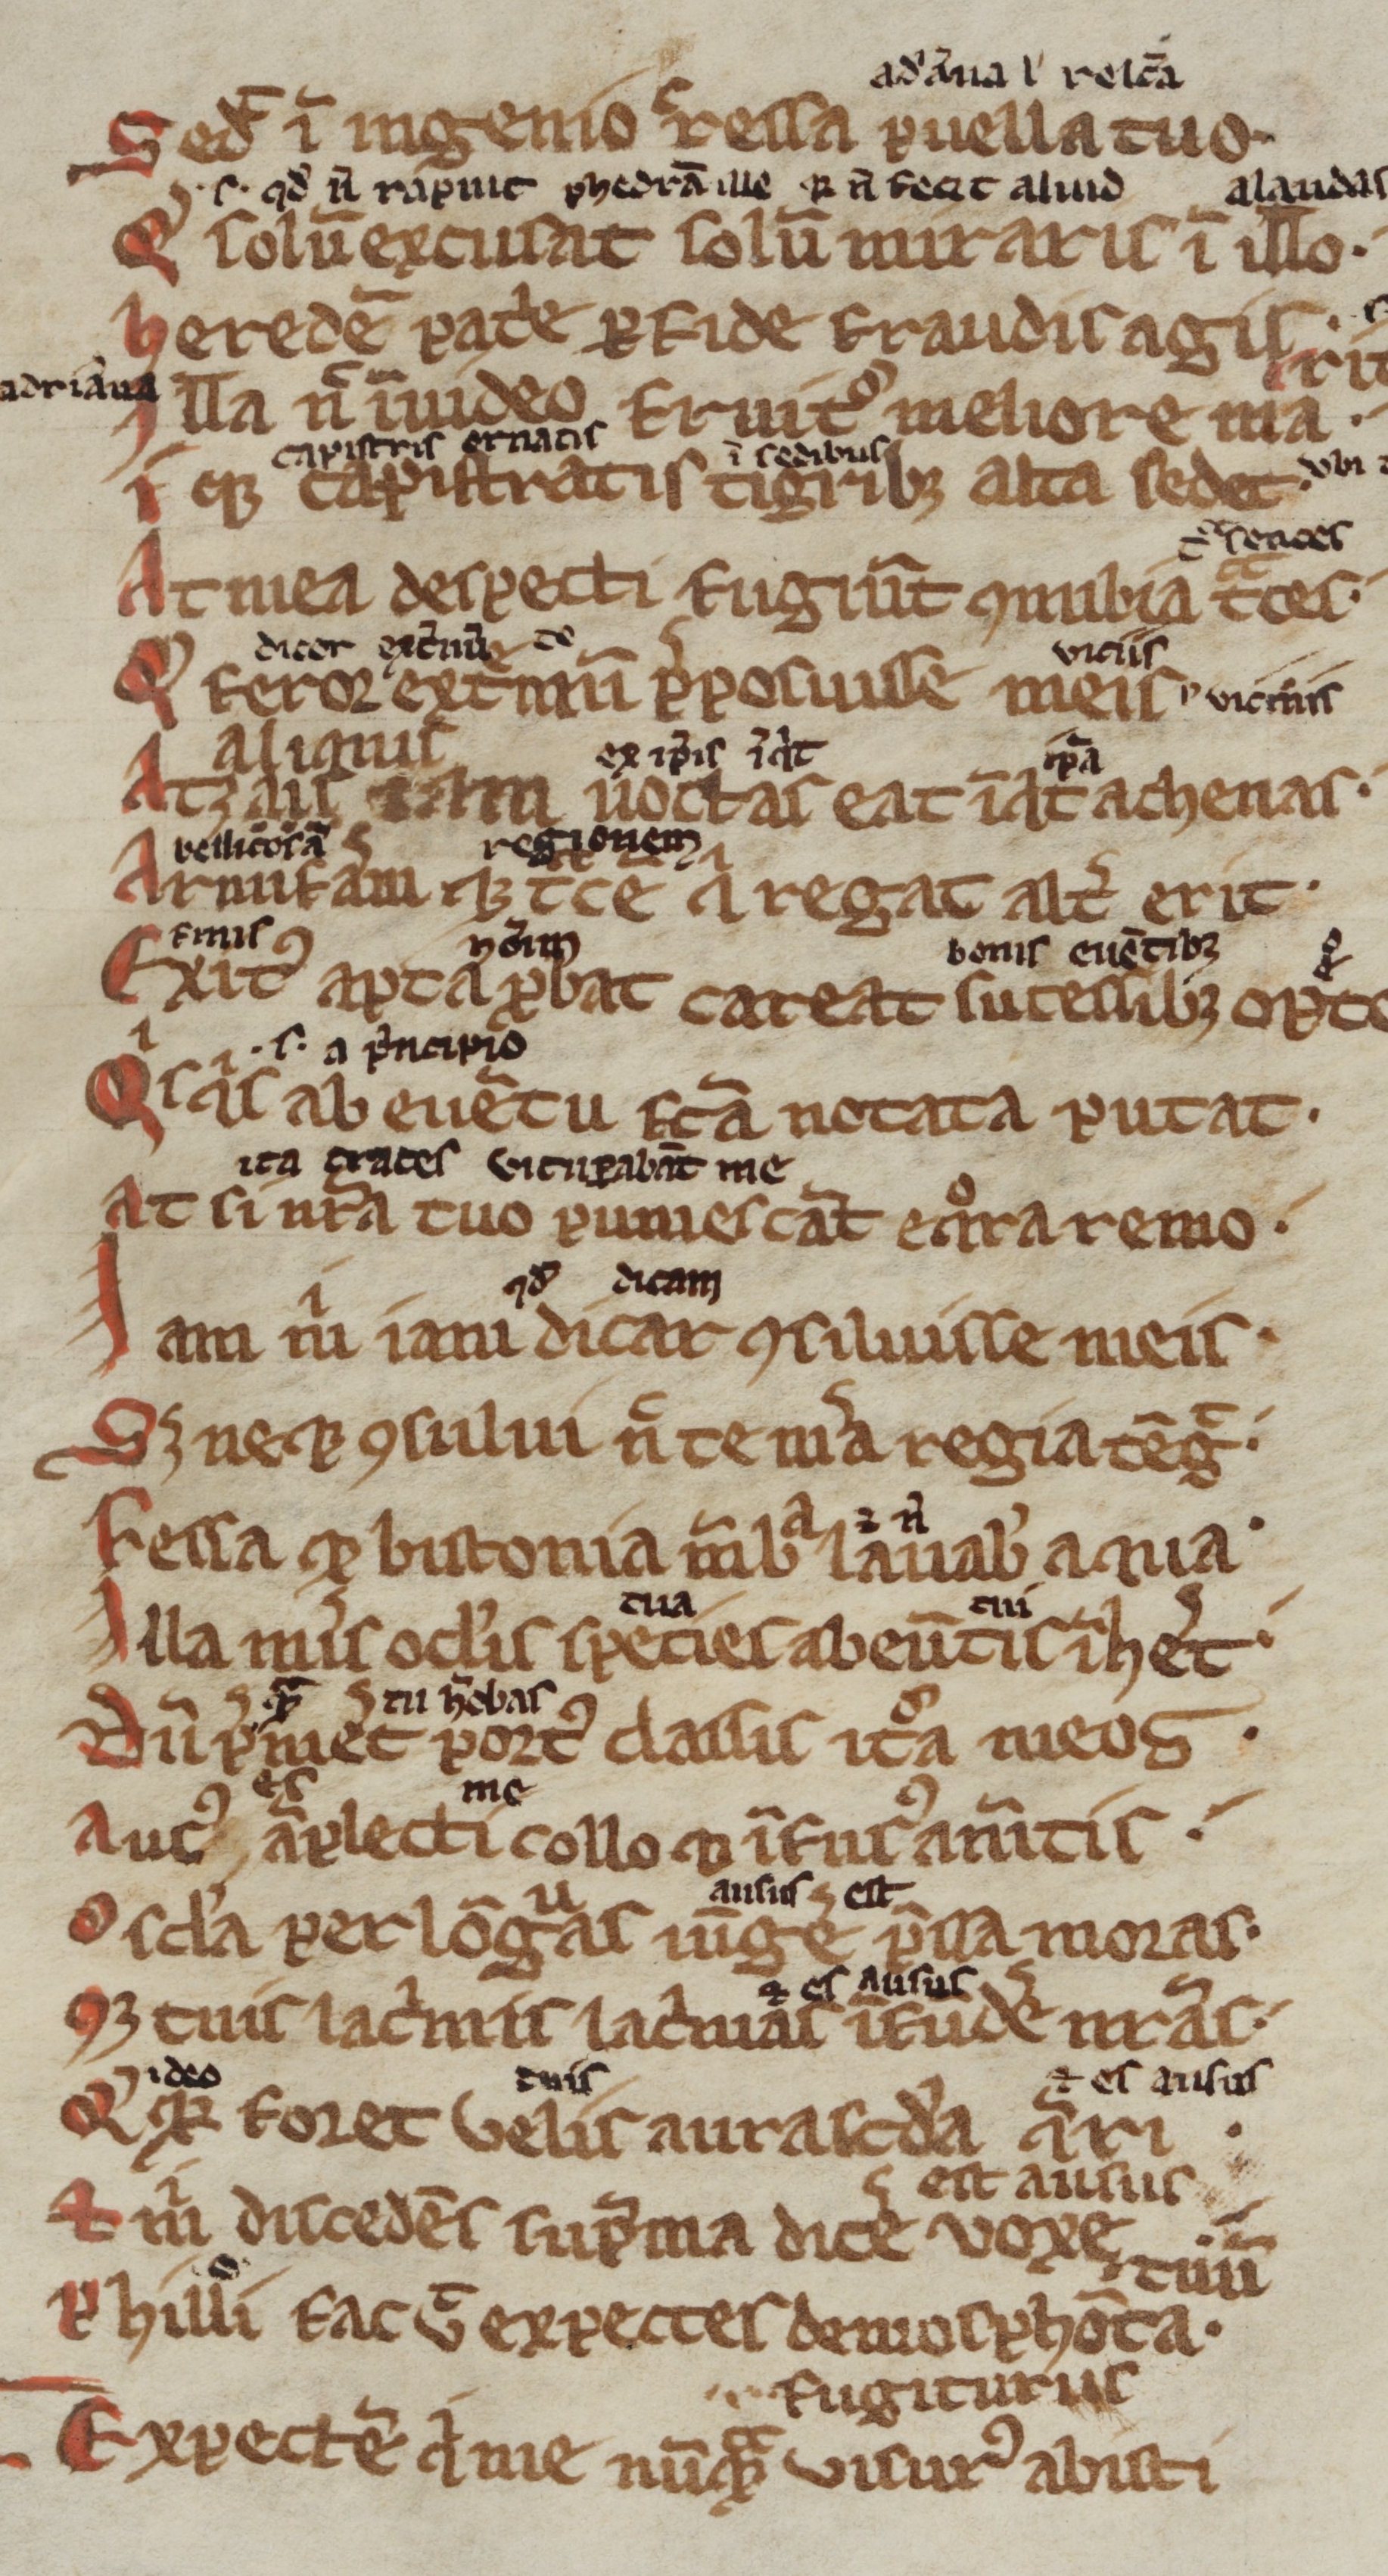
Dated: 1300–1399